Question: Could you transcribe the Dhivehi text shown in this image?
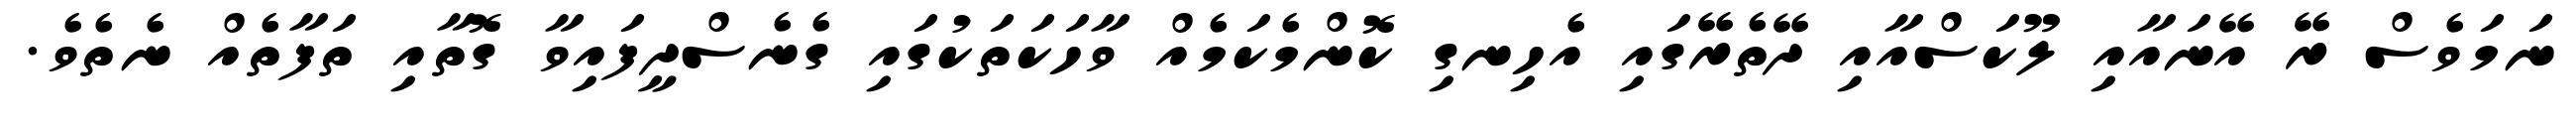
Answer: ނަމަވެސް ރޭ އޭނައާއި ލޫކަސްއާއި ދޭތެރޭގައި އެހިނގި ކޮންމެކަމެއް ވާހަކަތަކުގައި ގެނެސްދީފައިވާ ގޮތާއި ތަފާތެއް ނެތެވެ.